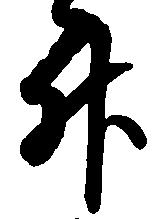
升